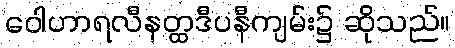
ဝေါဟာရလီနတ္ထဒီပနီကျမ်း၌ ဆိုသည်။